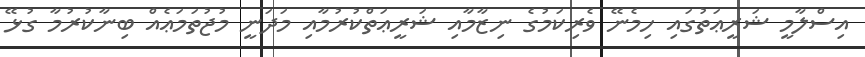
އިސްލާމީ ޝަރީޢަތުގައި ހިމެނޭ ވެރިކަމުގެ ނިޒާމާއި ޝަރީޢަތްކުރުމާއި މަދަނީ މުޖުތަމަޢެއް ބިނާކުރުމާ ގުޅޭ